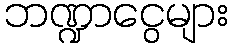
ဘဏ္ဍာငွေများ